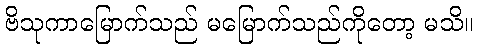
ဗိသုကာမြောက်သည် မမြောက်သည်ကိုတော့ မသိ။